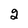
Character: 2